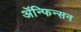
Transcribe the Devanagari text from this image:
ॲन्फिन्सन